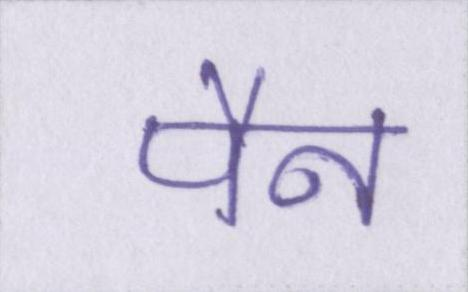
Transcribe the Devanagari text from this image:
पैन